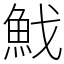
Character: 䰹